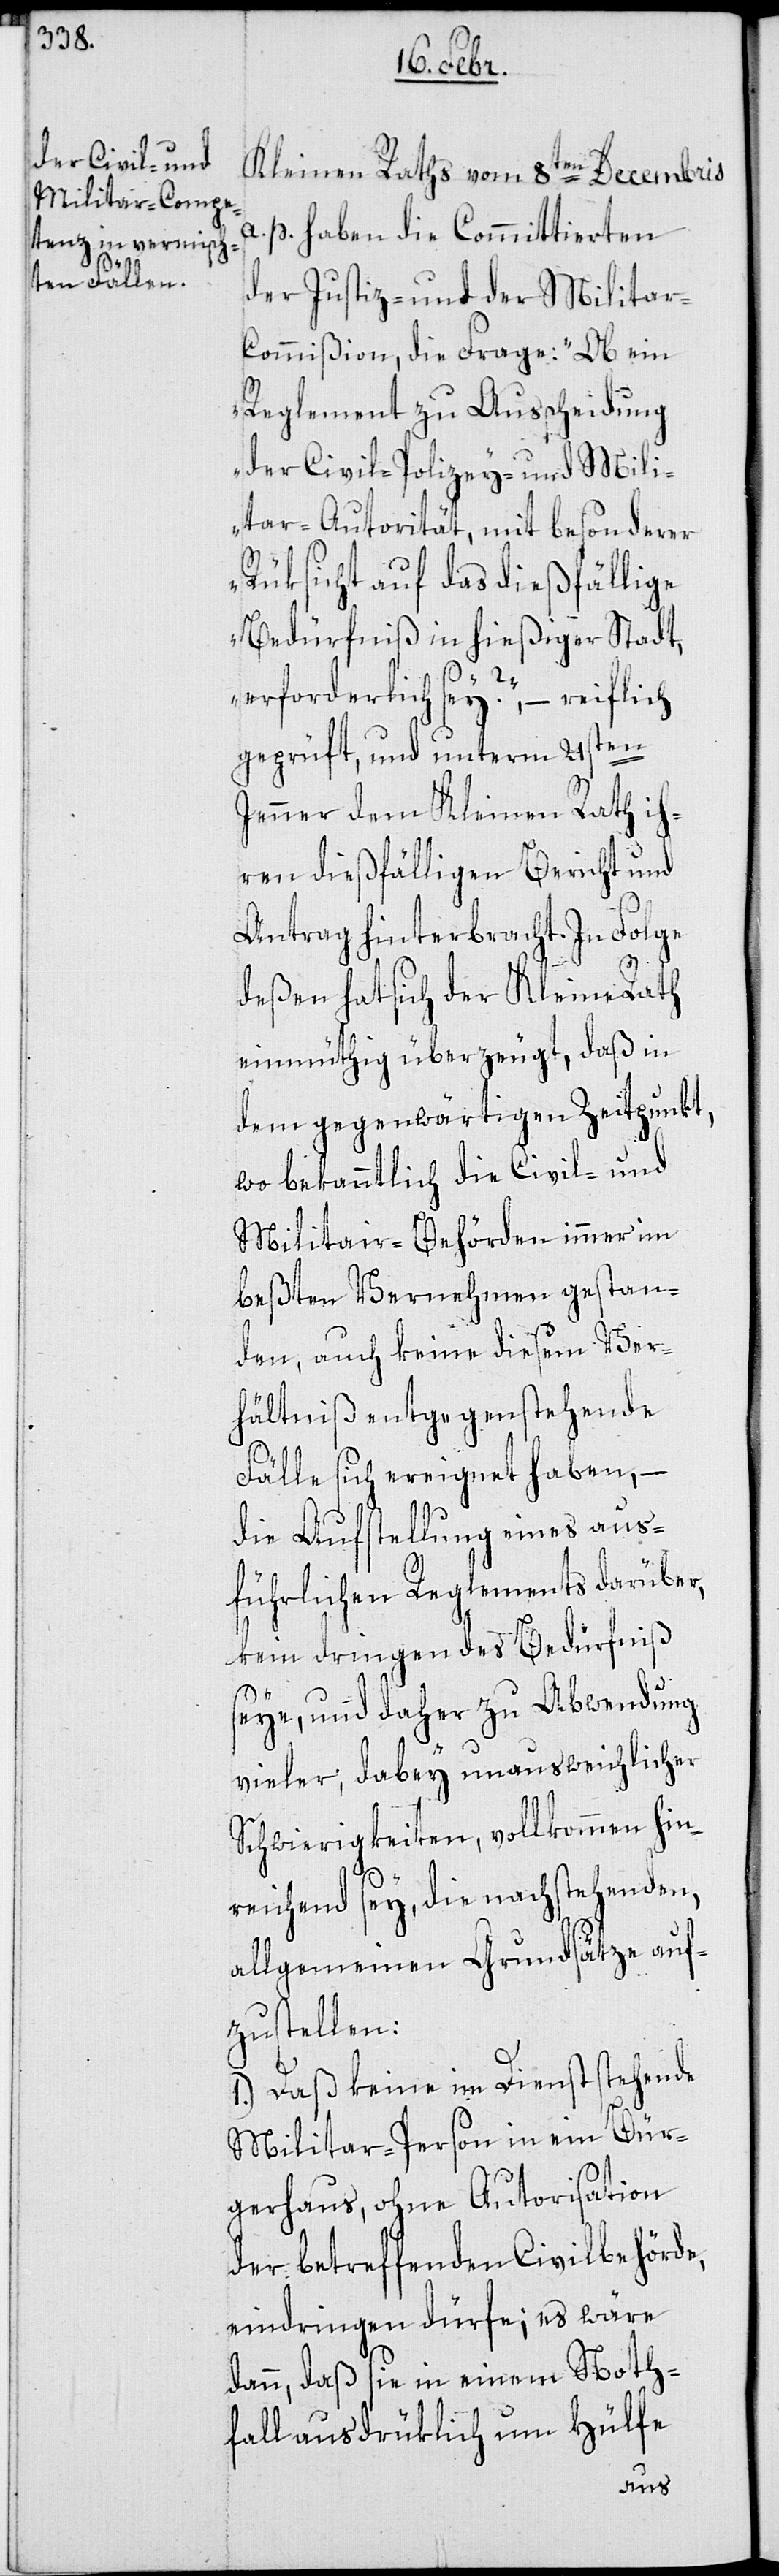
Kleinen Raths vom 8ten Decembris
a. p. haben die Committierten
der Justiz- und der Militar-C¬
ommißion die Frage: „Ob ein
Reglement zu Ausscheidung
der Civil-[,] Polizey- und Mili¬
tar-Autorität mit besonderer
Rüksicht auf das dießfällige
Bedürfniß in hießiger Stadt,
erforderlich sey?“ – reiflich
geprüft, und unterm 21sten
Jenner dem Kleinen Rath ih¬
ren dießfälligen Bericht und
Antrag hinterbracht. In Folge
deßen hat sich der Kleine Rath
einmüthig überzeugt, daß in
dem gegenwärtigen Zeitpunkt,
wo bekanntlich die Civil- und
Militar-Behörden immer im
beßten Vernehmen gestan¬
den, auch keine diesem Ver¬
hältniß entgegenstehende
Fälle sich ereignet haben, –
die Aufstellung eines aus¬
führlichen Reglements darüber,
kein dringendes Bedürfniß
seye, und daher zu Abwendung
vieler; dabey unausweichlicher
Schwierigkeiten, vollkommen hin¬
reichend sey, die nachstehenden
allgemeinen Grundsätze auf¬
zustellen:
1.) Daß keine im Dienst stehende
Militar-Person in ein Bür¬
gerhaus, ohne Autorisation
der betreffenden Civilbehörde
eindringen dürfe; es wäre
dann, daß sie in einem Noth¬
fall ausdrüklich um Hülfe